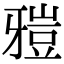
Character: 𤘑